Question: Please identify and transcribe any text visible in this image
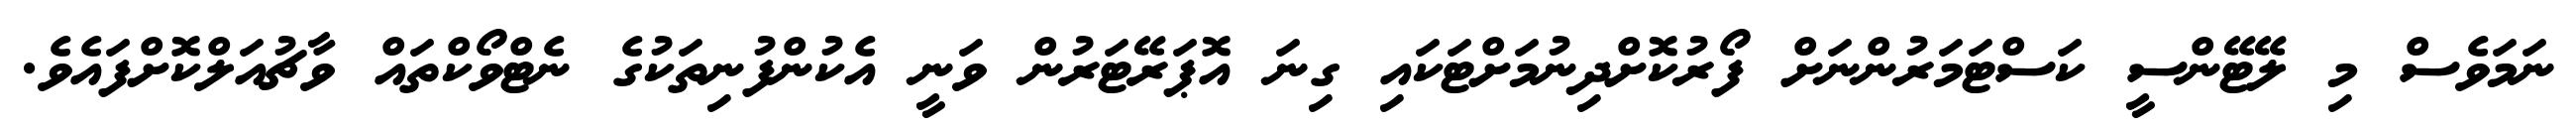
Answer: ނަމަވެސް މި ލޭޓޭންސީ ކަސްޓަމަރުންނަށް ފޯރުކޮށްދިނުމަށްޓަކައި ގިނަ އޮޕަރޭޓަރުން ވަނީ އެކުންފުނިތަކުގެ ނެޓްވޯކްތައް ވާޗުއަލްކޮށްފައެވެ.